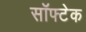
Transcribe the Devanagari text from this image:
सॉफ्टेक